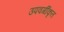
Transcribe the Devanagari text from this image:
उपवर्गीकृत